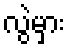
လွဲမှား